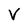
Character: V